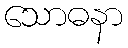
သောဓနာ